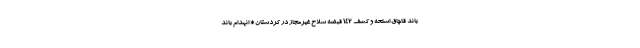
باند قاچاق اسلحه و کشف ۱۴۲ قبضه سلاح غیرمجاز در کردستان * انهدام باند